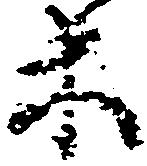
等